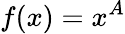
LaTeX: f(x)=x^{A}